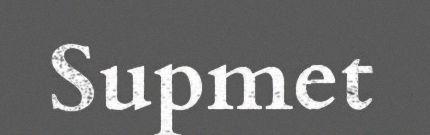
Supmet